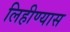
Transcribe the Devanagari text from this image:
लिहीण्यास